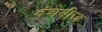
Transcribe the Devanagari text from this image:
वंशबीज